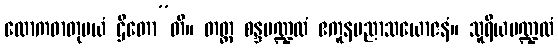
လောကဓာတုမယံ ဌိတော”တိ။ တတ္ထ စန္ဒမဏ္ဍလံ ဧကူနပညာသယောဇနံ။ သူရိယမဏ္ဍလံ